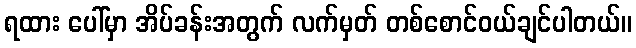
ရထား ပေါ်မှာ အိပ်ခန်းအတွက် လက်မှတ် တစ်စောင်ဝယ်ချင်ပါတယ်။